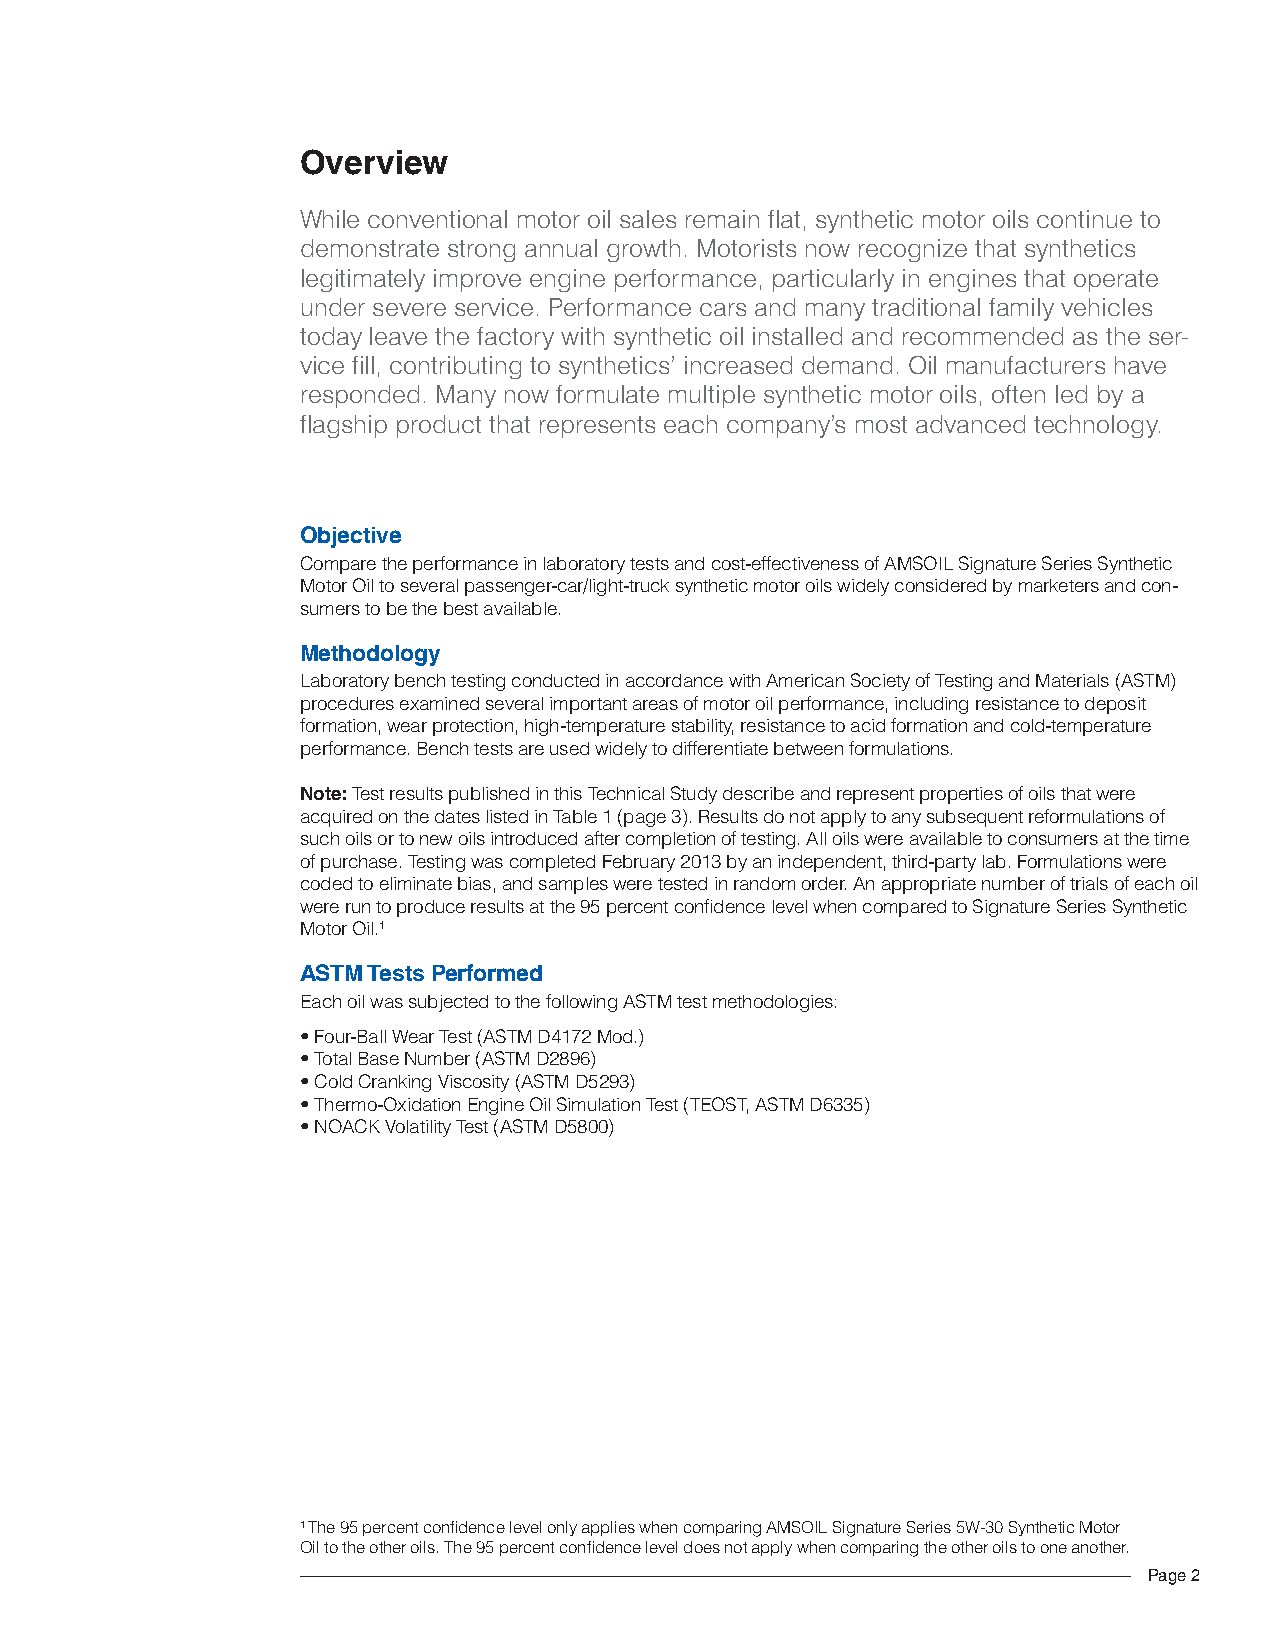
Overview
 While conventional motor oil sales remain flat, synthetic motor oils continue to
 demonstrate strong annual growth. Motorists now recognize that synthetics
 legitimately improve engine performance, particularly in engines that operate
 under severe service. Performance cars and many traditional family vehicles
 today leave the factory with synthetic oil installed and recommended as the ser-
 vice fill, contributing to synthetics’ increased demand. Oil manufacturers have
 responded. Many now formulate multiple synthetic motor oils, often led by a
 flagship product that represents each company’s most advanced technology.
 Objective
 Compare the performance in laboratory tests and cost-effectiveness of AMSOIL Signature Series Synthetic
 Motor Oil to several passenger-car/light-truck synthetic motor oils widely considered by marketers and con-
 sumers to be the best available.
 Methodology
 Laboratory bench testing conducted in accordance with American Society of Testing and Materials (ASTM)
 procedures examined several important areas of motor oil performance, including resistance to deposit
 formation, wear protection, high-temperature stability, resistance to acid formation and cold-temperature
 performance. Bench tests are used widely to differentiate between formulations.
 Note: Test results published in this Technical Study describe and represent properties of oils that were
 acquired on the dates listed in Table 1 (page 3). Results do not apply to any subsequent reformulations of
 such oils or to new oils introduced after completion of testing. All oils were available to consumers at the time
 of purchase. Testing was completed February 2013 by an independent, third-party lab. Formulations were
 coded to eliminate bias, and samples were tested in random order. An appropriate number of trials of each oil
 were run to produce results at the 95 percent confidence level when compared to Signature Series Synthetic
 Motor Oil.1
 ASTM Tests Performed
 Each oil was subjected to the following ASTM test methodologies:
 • Four-Ball Wear Test (ASTM D4172 Mod.)
 • Total Base Number (ASTM D2896)
 • Cold Cranking Viscosity (ASTM D5293)
 • Thermo-Oxidation Engine Oil Simulation Test (TEOST, ASTM D6335)
 • NOACK Volatility Test (ASTM D5800)
 1 The 95 percent confidence level only applies when comparing AMSOIL Signature Series 5W-30 Synthetic Motor
 Oil to the other oils. The 95 percent confidence level does not apply when comparing the other oils to one another.
 Page 2